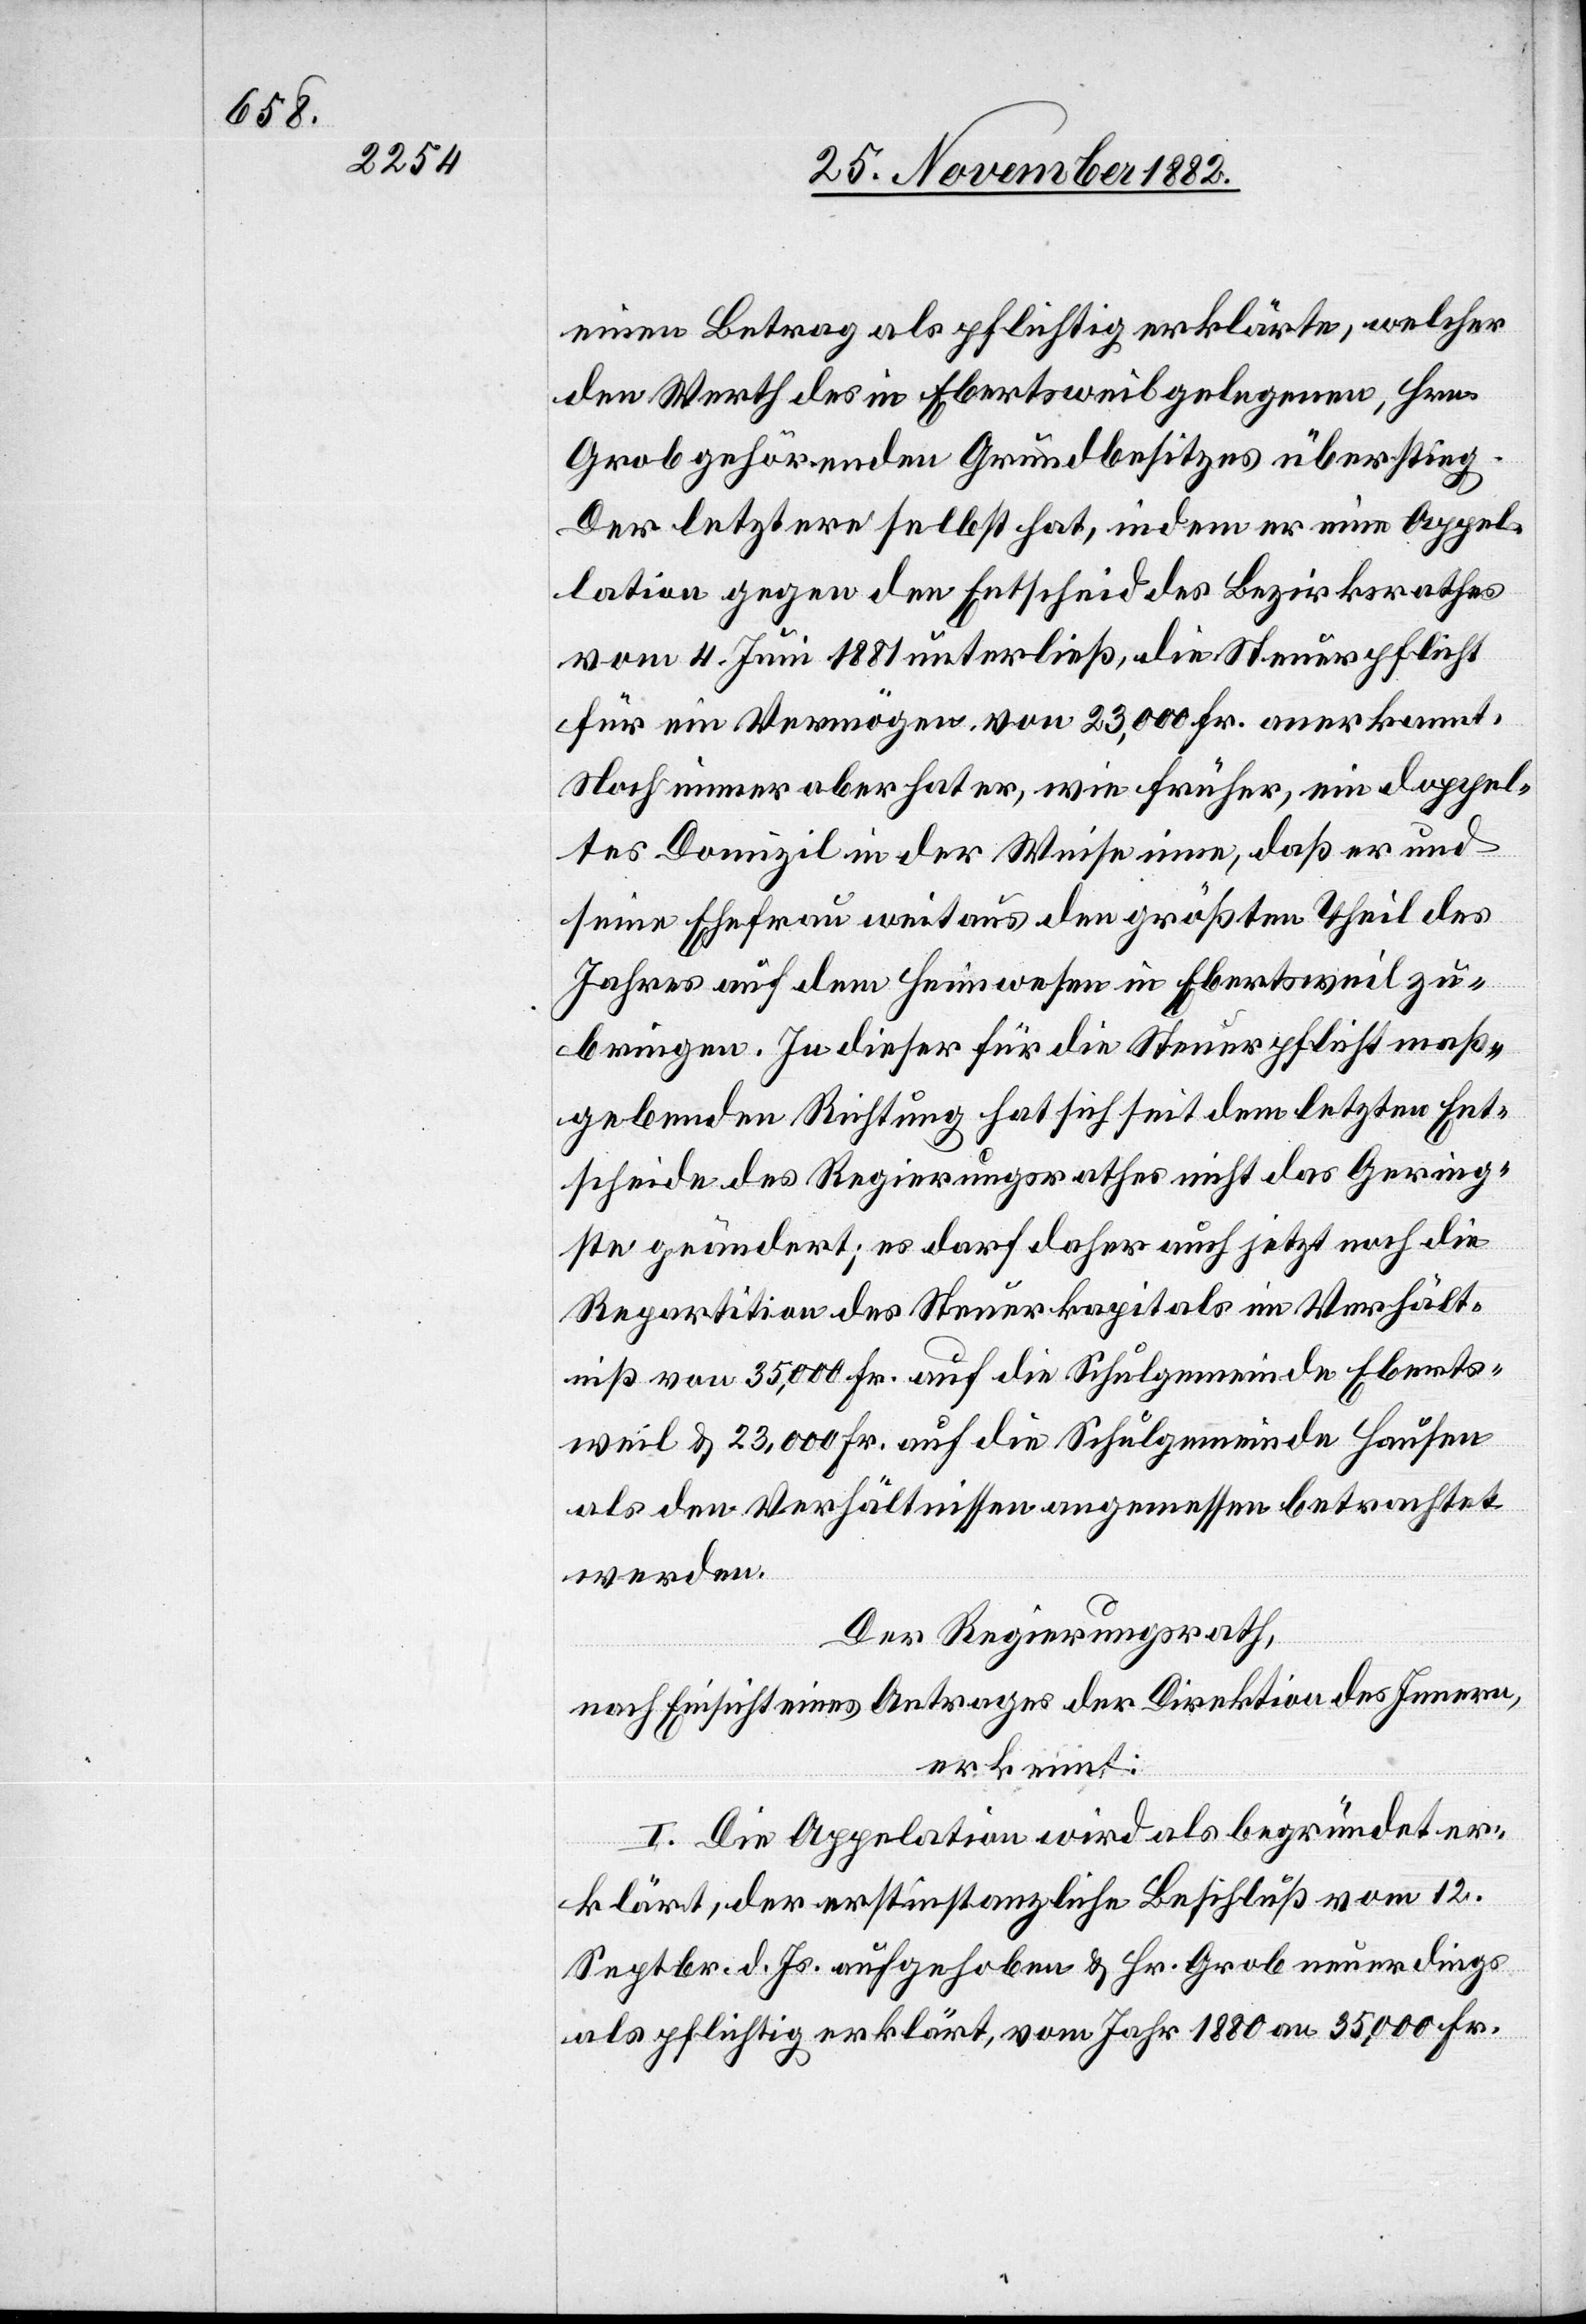
einen Betrag als pflichtig erklärte, welcher
den Werth des in Ebertsweil gelegenen, Hrn.
Grob gehörenden Grundbesitzes überstieg.
Der letztere selbst hat, indem er eine Appel¬
lation gegen den Entscheid des Bezirksrathes
vom 4. Juni 1881 unterließ, die Steuerpflicht
für ein Vermögen von 23,000 Fr. anerkannt.
Noch immer aber hat er, wie früher, ein doppel¬
tes Domizil in der Weise inne, daß er und
seine Ehefrau weitaus den größten Theil des
Jahres auf dem Heimwesen in Ebertsweil zu¬
bringen. In dieser für die Steuerpflicht maß¬
gebenden Richtung hat sich seit dem letzten Ent¬
scheide des Regierungsrathes nicht das Gering¬
ste geändert; es darf daher auch jetzt noch die
Repartition des Steuerkapitals im Verhält¬
niß von 35,000 Fr. auf die Schulgemeinde Eberts¬
weil & 23,000 Fr. auf die Schulgemeinde Hausen
als den Verhältnissen angemessen betrachtet
werden.
Der Regierungsrath,
nach Einsicht eines Antrages der Direktion des Innern,
erkennt:
I. Die Appellation wird als begründet er¬
klärt, der erstinstanzliche Beschluß vom 12.
Septbr. d. Js. aufgehoben & Hr. Grob neuerdings
als pflichtig erklärt, vom Jahr 1880 an 35,000 Fr.